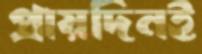
প্রায়দিনই